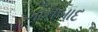
ગોનબાદ